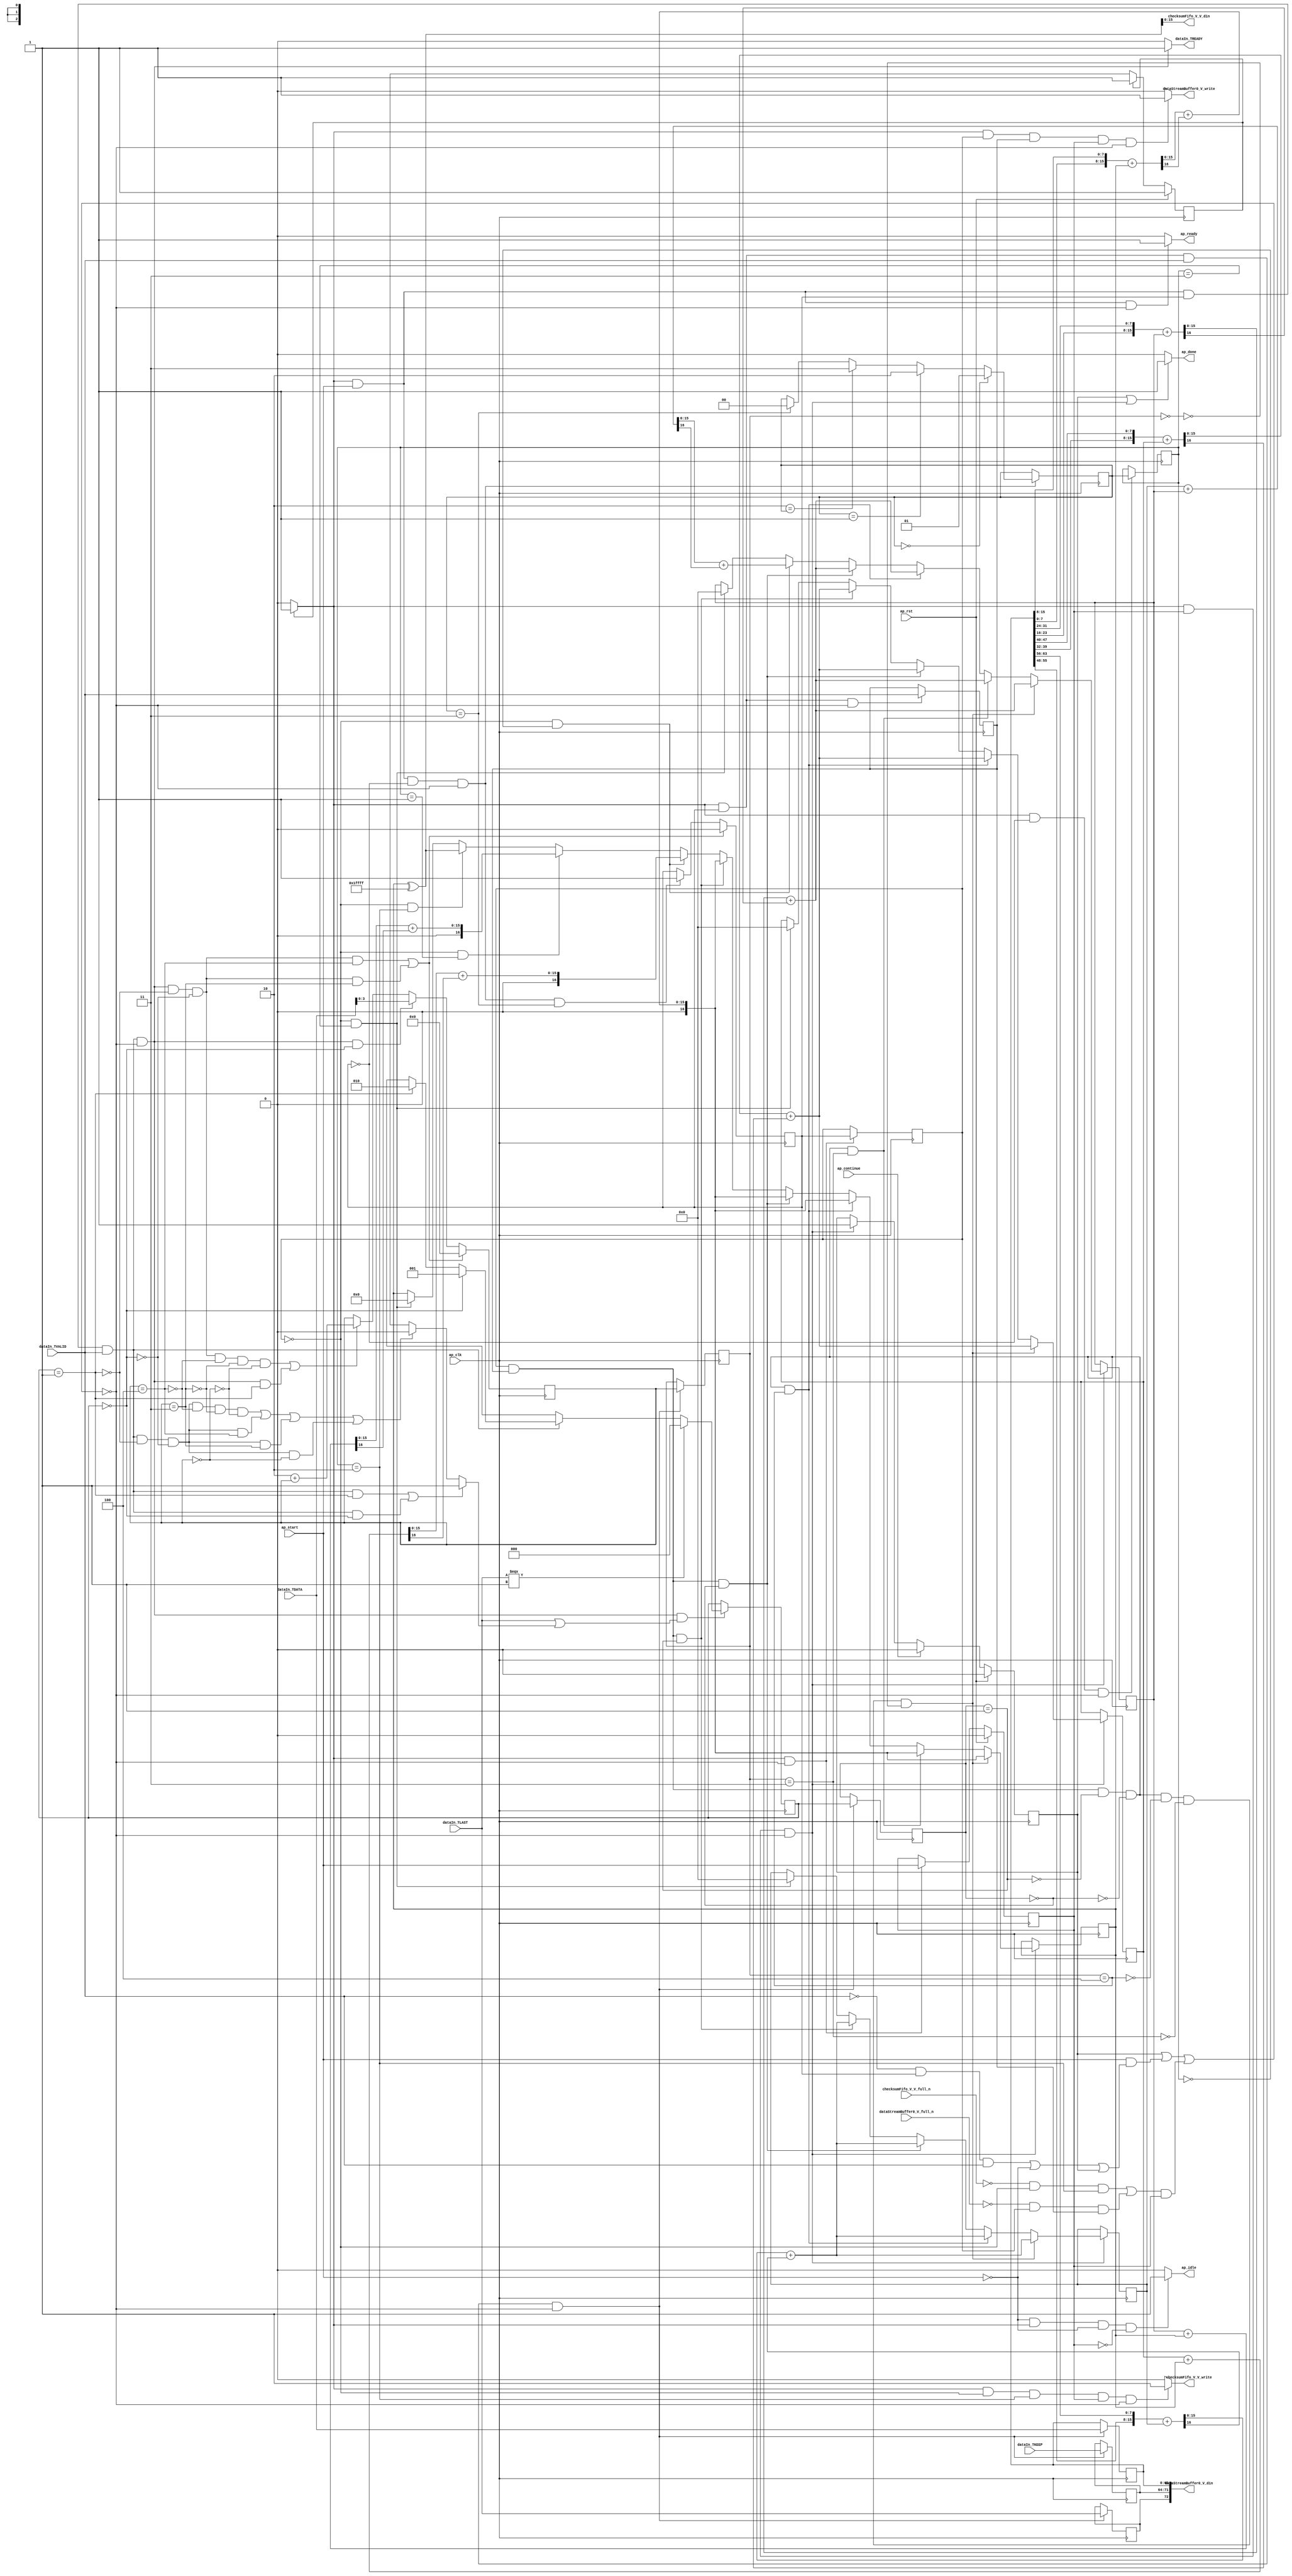
// This program was cloned from: https://github.com/mustafabbas/ECE1373_2016_hft_on_fpga
// License: MIT License

// ==============================================================
// RTL generated by Vivado(TM) HLS - High-Level Synthesis from C, C++ and SystemC
// Version: 2015.1
// Copyright (C) 2015 Xilinx Inc. All rights reserved.
// 
// ===========================================================

`timescale 1 ns / 1 ps 

module mac_ip_encode_compute_ip_checksum (
        ap_clk,
        ap_rst,
        ap_start,
        ap_done,
        ap_continue,
        ap_idle,
        ap_ready,
        dataIn_TVALID,
        checksumFifo_V_V_din,
        checksumFifo_V_V_full_n,
        checksumFifo_V_V_write,
        dataStreamBuffer0_V_din,
        dataStreamBuffer0_V_full_n,
        dataStreamBuffer0_V_write,
        dataIn_TDATA,
        dataIn_TREADY,
        dataIn_TKEEP,
        dataIn_TLAST
);

parameter    ap_const_logic_1 = 1'b1;
parameter    ap_const_logic_0 = 1'b0;
parameter    ap_ST_pp0_stg0_fsm_0 = 1'b1;
parameter    ap_const_lv32_0 = 32'b00000000000000000000000000000000;
parameter    ap_const_lv1_1 = 1'b1;
parameter    ap_const_lv1_0 = 1'b0;
parameter    ap_const_lv2_2 = 2'b10;
parameter    ap_const_lv16_0 = 16'b0000000000000000;
parameter    ap_const_lv17_0 = 17'b00000000000000000;
parameter    ap_const_lv2_0 = 2'b00;
parameter    ap_const_lv3_0 = 3'b000;
parameter    ap_const_lv4_0 = 4'b0000;
parameter    ap_const_lv3_1 = 3'b1;
parameter    ap_const_lv4_4 = 4'b100;
parameter    ap_const_lv4_3 = 4'b11;
parameter    ap_const_lv3_2 = 3'b10;
parameter    ap_const_lv2_3 = 2'b11;
parameter    ap_const_lv2_1 = 2'b1;
parameter    ap_const_lv4_E = 4'b1110;
parameter    ap_const_lv32_8 = 32'b1000;
parameter    ap_const_lv32_F = 32'b1111;
parameter    ap_const_lv32_28 = 32'b101000;
parameter    ap_const_lv32_2F = 32'b101111;
parameter    ap_const_lv32_20 = 32'b100000;
parameter    ap_const_lv32_27 = 32'b100111;
parameter    ap_const_lv32_38 = 32'b111000;
parameter    ap_const_lv32_3F = 32'b111111;
parameter    ap_const_lv32_30 = 32'b110000;
parameter    ap_const_lv32_37 = 32'b110111;
parameter    ap_const_lv32_18 = 32'b11000;
parameter    ap_const_lv32_1F = 32'b11111;
parameter    ap_const_lv32_10 = 32'b10000;
parameter    ap_const_lv32_17 = 32'b10111;
parameter    ap_const_lv17_1FFFF = 17'b11111111111111111;
parameter    ap_true = 1'b1;

input   ap_clk;
input   ap_rst;
input   ap_start;
output   ap_done;
input   ap_continue;
output   ap_idle;
output   ap_ready;
input   dataIn_TVALID;
output  [15:0] checksumFifo_V_V_din;
input   checksumFifo_V_V_full_n;
output   checksumFifo_V_V_write;
output  [72:0] dataStreamBuffer0_V_din;
input   dataStreamBuffer0_V_full_n;
output   dataStreamBuffer0_V_write;
input  [63:0] dataIn_TDATA;
output   dataIn_TREADY;
input  [7:0] dataIn_TKEEP;
input  [0:0] dataIn_TLAST;

reg ap_done;
reg ap_idle;
reg ap_ready;
reg checksumFifo_V_V_write;
reg dataStreamBuffer0_V_write;
reg dataIn_TREADY;
reg    ap_done_reg = 1'b0;
(* fsm_encoding = "none" *) reg   [0:0] ap_CS_fsm = 1'b1;
reg    ap_sig_cseq_ST_pp0_stg0_fsm_0;
reg    ap_sig_bdd_20;
wire    ap_reg_ppiten_pp0_it0;
reg    ap_reg_ppiten_pp0_it1 = 1'b0;
wire   [0:0] tmp_nbreadreq_fu_132_p5;
reg    ap_sig_bdd_50;
reg   [0:0] cics_checksumWritten_load_reg_1394;
reg   [1:0] cics_state_V_load_reg_1398;
reg   [0:0] tmp_reg_1402;
reg    ap_sig_bdd_76;
reg   [0:0] cics_checksumWritten = 1'b1;
reg   [15:0] cics_ip_sums_V_2 = 16'b0000000000000000;
reg   [16:0] cics_ip_sums_V_0 = 17'b00000000000000000;
reg   [15:0] cics_ip_sums_V_3 = 16'b0000000000000000;
reg   [15:0] cics_ip_sums_V_1 = 16'b0000000000000000;
reg   [1:0] cics_state_V = 2'b00;
reg   [2:0] cics_wordCount_V = 3'b000;
reg   [3:0] cics_ipHeaderLen_V = 4'b0000;
wire   [1:0] cics_state_V_load_load_fu_305_p1;
reg   [63:0] tmp_data_V_reg_1406;
reg   [7:0] tmp_keep_V_reg_1423;
reg   [0:0] tmp_last_V_reg_1428;
wire   [2:0] cics_wordCount_V_load_load_fu_351_p1;
reg   [2:0] cics_wordCount_V_load_reg_1433;
wire   [3:0] cics_ipHeaderLen_V_load_load_fu_355_p1;
reg   [3:0] cics_ipHeaderLen_V_load_reg_1437;
wire   [0:0] p_cics_wordCount_V_flag_fu_370_p2;
wire   [0:0] ap_reg_phiprechg_cics_wordCount_V_flag_reg_168pp0_it0;
reg   [0:0] cics_wordCount_V_flag_phi_fu_171_p12;
wire   [2:0] ap_reg_phiprechg_cics_wordCount_V_new_reg_191pp0_it0;
reg   [2:0] cics_wordCount_V_new_phi_fu_194_p12;
wire   [15:0] tmp_55_fu_656_p2;
wire   [15:0] tmp_42_fu_847_p2;
wire   [15:0] tmp_98_fu_1038_p2;
wire   [15:0] tmp_72_fu_1328_p2;
wire   [16:0] p_Val2_s_fu_442_p2;
wire   [16:0] p_2_cast_fu_487_p1;
wire   [16:0] p_cast_fu_531_p1;
wire   [16:0] p_8_cast_fu_612_p1;
wire   [16:0] p_4_cast_fu_757_p1;
wire   [16:0] p_7_cast_fu_948_p1;
wire   [16:0] p_6_cast_fu_1139_p1;
wire   [16:0] p_5_cast_fu_1238_p1;
wire   [15:0] tmp_59_fu_702_p2;
wire   [15:0] tmp_46_fu_893_p2;
wire   [15:0] tmp_102_fu_1084_p2;
wire   [15:0] tmp_76_fu_1374_p2;
wire   [15:0] tmp_23_fu_557_p2;
wire   [15:0] tmp_38_fu_801_p2;
wire   [15:0] tmp_94_fu_992_p2;
wire   [15:0] tmp_85_fu_1183_p2;
wire   [15:0] tmp_68_fu_1282_p2;
wire   [2:0] p_cics_wordCount_V_new_fu_376_p3;
wire   [3:0] grp_fu_215_p2;
wire   [3:0] tmp_29_fu_360_p1;
wire   [16:0] extLd_fu_414_p1;
wire   [16:0] tmp_9_fu_459_p2;
wire   [0:0] tmp_24_fu_465_p3;
wire   [15:0] tmp_26_fu_477_p1;
wire   [15:0] tmp_25_fu_473_p1;
wire   [15:0] tmp_27_fu_481_p2;
wire   [16:0] extLd1_fu_394_p1;
wire   [16:0] extLd2_fu_406_p1;
wire   [16:0] tmp_2_fu_497_p2;
wire   [0:0] tmp_5_fu_509_p3;
wire   [15:0] tmp_7_fu_521_p1;
wire   [15:0] tmp_6_fu_517_p1;
wire   [15:0] tmp_11_fu_525_p2;
wire   [16:0] tmp_3_fu_503_p2;
wire   [0:0] tmp_15_fu_541_p3;
wire   [15:0] tmp_22_fu_553_p1;
wire   [15:0] tmp_19_fu_549_p1;
wire   [7:0] tmp_47_fu_569_p1;
wire   [7:0] grp_fu_238_p4;
wire   [15:0] p_Result_9_fu_572_p3;
wire   [16:0] tmp_8_fu_580_p1;
wire   [16:0] tmp_s_fu_584_p2;
wire   [0:0] tmp_48_fu_590_p3;
wire   [15:0] tmp_50_fu_602_p1;
wire   [15:0] tmp_49_fu_598_p1;
wire   [15:0] tmp_51_fu_606_p2;
wire   [7:0] grp_fu_256_p4;
wire   [7:0] grp_fu_247_p4;
wire   [15:0] p_Result_9_2_fu_622_p3;
wire   [16:0] tmp_41_2_fu_630_p1;
wire   [16:0] tmp_42_2_fu_634_p2;
wire   [0:0] tmp_52_fu_640_p3;
wire   [15:0] tmp_54_fu_652_p1;
wire   [15:0] tmp_53_fu_648_p1;
wire   [7:0] grp_fu_274_p4;
wire   [7:0] grp_fu_265_p4;
wire   [15:0] p_Result_9_3_fu_668_p3;
wire   [16:0] tmp_41_3_fu_676_p1;
wire   [16:0] tmp_42_3_fu_680_p2;
wire   [0:0] tmp_56_fu_686_p3;
wire   [15:0] tmp_58_fu_698_p1;
wire   [15:0] tmp_57_fu_694_p1;
wire   [7:0] tmp_30_fu_714_p1;
wire   [15:0] p_Result_5_fu_717_p3;
wire   [16:0] tmp_1_fu_725_p1;
wire   [16:0] tmp_4_fu_729_p2;
wire   [0:0] tmp_31_fu_735_p3;
wire   [15:0] tmp_33_fu_747_p1;
wire   [15:0] tmp_32_fu_743_p1;
wire   [15:0] tmp_34_fu_751_p2;
wire   [7:0] grp_fu_292_p4;
wire   [7:0] grp_fu_283_p4;
wire   [15:0] p_Result_5_1_fu_767_p3;
wire   [16:0] tmp_20_1_fu_775_p1;
wire   [16:0] tmp_21_1_fu_779_p2;
wire   [0:0] tmp_35_fu_785_p3;
wire   [15:0] tmp_37_fu_797_p1;
wire   [15:0] tmp_36_fu_793_p1;
wire   [15:0] p_Result_5_2_fu_813_p3;
wire   [16:0] tmp_20_2_fu_821_p1;
wire   [16:0] tmp_21_2_fu_825_p2;
wire   [0:0] tmp_39_fu_831_p3;
wire   [15:0] tmp_41_fu_843_p1;
wire   [15:0] tmp_40_fu_839_p1;
wire   [15:0] p_Result_5_3_fu_859_p3;
wire   [16:0] tmp_20_3_fu_867_p1;
wire   [16:0] tmp_21_3_fu_871_p2;
wire   [0:0] tmp_43_fu_877_p3;
wire   [15:0] tmp_45_fu_889_p1;
wire   [15:0] tmp_44_fu_885_p1;
wire   [7:0] tmp_86_fu_905_p1;
wire   [15:0] p_Result_8_fu_908_p3;
wire   [16:0] tmp_18_fu_916_p1;
wire   [16:0] tmp_20_fu_920_p2;
wire   [0:0] tmp_87_fu_926_p3;
wire   [15:0] tmp_89_fu_938_p1;
wire   [15:0] tmp_88_fu_934_p1;
wire   [15:0] tmp_90_fu_942_p2;
wire   [15:0] p_Result_17_1_fu_958_p3;
wire   [16:0] tmp_36_1_fu_966_p1;
wire   [16:0] tmp_37_1_fu_970_p2;
wire   [0:0] tmp_91_fu_976_p3;
wire   [15:0] tmp_93_fu_988_p1;
wire   [15:0] tmp_92_fu_984_p1;
wire   [15:0] p_Result_17_2_fu_1004_p3;
wire   [16:0] tmp_36_2_fu_1012_p1;
wire   [16:0] tmp_37_2_fu_1016_p2;
wire   [0:0] tmp_95_fu_1022_p3;
wire   [15:0] tmp_97_fu_1034_p1;
wire   [15:0] tmp_96_fu_1030_p1;
wire   [15:0] p_Result_17_3_fu_1050_p3;
wire   [16:0] tmp_36_3_fu_1058_p1;
wire   [16:0] tmp_37_3_fu_1062_p2;
wire   [0:0] tmp_99_fu_1068_p3;
wire   [15:0] tmp_101_fu_1080_p1;
wire   [15:0] tmp_100_fu_1076_p1;
wire   [7:0] tmp_77_fu_1096_p1;
wire   [15:0] p_Result_3_fu_1099_p3;
wire   [16:0] tmp_16_fu_1107_p1;
wire   [16:0] tmp_17_fu_1111_p2;
wire   [0:0] tmp_78_fu_1117_p3;
wire   [15:0] tmp_80_fu_1129_p1;
wire   [15:0] tmp_79_fu_1125_p1;
wire   [15:0] tmp_81_fu_1133_p2;
wire   [15:0] p_Result_13_1_fu_1149_p3;
wire   [16:0] tmp_32_1_fu_1157_p1;
wire   [16:0] tmp_33_1_fu_1161_p2;
wire   [0:0] tmp_82_fu_1167_p3;
wire   [15:0] tmp_84_fu_1179_p1;
wire   [15:0] tmp_83_fu_1175_p1;
wire   [7:0] tmp_60_fu_1195_p1;
wire   [15:0] p_Result_7_fu_1198_p3;
wire   [16:0] tmp_12_fu_1206_p1;
wire   [16:0] tmp_13_fu_1210_p2;
wire   [0:0] tmp_61_fu_1216_p3;
wire   [15:0] tmp_63_fu_1228_p1;
wire   [15:0] tmp_62_fu_1224_p1;
wire   [15:0] tmp_64_fu_1232_p2;
wire   [15:0] p_Result_21_1_fu_1248_p3;
wire   [16:0] tmp_28_1_fu_1256_p1;
wire   [16:0] tmp_29_1_fu_1260_p2;
wire   [0:0] tmp_65_fu_1266_p3;
wire   [15:0] tmp_67_fu_1278_p1;
wire   [15:0] tmp_66_fu_1274_p1;
wire   [15:0] p_Result_21_2_fu_1294_p3;
wire   [16:0] tmp_28_2_fu_1302_p1;
wire   [16:0] tmp_29_2_fu_1306_p2;
wire   [0:0] tmp_69_fu_1312_p3;
wire   [15:0] tmp_71_fu_1324_p1;
wire   [15:0] tmp_70_fu_1320_p1;
wire   [15:0] p_Result_21_3_fu_1340_p3;
wire   [16:0] tmp_28_3_fu_1348_p1;
wire   [16:0] tmp_29_3_fu_1352_p2;
wire   [0:0] tmp_73_fu_1358_p3;
wire   [15:0] tmp_75_fu_1370_p1;
wire   [15:0] tmp_74_fu_1366_p1;
reg   [0:0] ap_NS_fsm;
reg    ap_sig_pprstidle_pp0;
reg    ap_sig_bdd_188;
reg    ap_sig_bdd_63;
reg    ap_sig_bdd_222;
reg    ap_sig_bdd_226;
reg    ap_sig_bdd_192;
reg    ap_sig_bdd_196;
reg    ap_sig_bdd_204;
reg    ap_sig_bdd_232;
reg    ap_sig_bdd_214;
reg    ap_sig_bdd_175;
reg    ap_sig_bdd_912;
reg    ap_sig_bdd_267;




/// the current state (ap_CS_fsm) of the state machine. ///
always @ (posedge ap_clk)
begin : ap_ret_ap_CS_fsm
    if (ap_rst == 1'b1) begin
        ap_CS_fsm <= ap_ST_pp0_stg0_fsm_0;
    end else begin
        ap_CS_fsm <= ap_NS_fsm;
    end
end

/// ap_done_reg assign process. ///
always @ (posedge ap_clk)
begin : ap_ret_ap_done_reg
    if (ap_rst == 1'b1) begin
        ap_done_reg <= ap_const_logic_0;
    end else begin
        if ((ap_const_logic_1 == ap_continue)) begin
            ap_done_reg <= ap_const_logic_0;
        end else if (((ap_const_logic_1 == ap_sig_cseq_ST_pp0_stg0_fsm_0) & (ap_const_logic_1 == ap_reg_ppiten_pp0_it1) & ~((ap_done_reg == ap_const_logic_1) | ((ap_const_logic_1 == ap_reg_ppiten_pp0_it0) & ap_sig_bdd_50) | (ap_sig_bdd_76 & (ap_const_logic_1 == ap_reg_ppiten_pp0_it1))))) begin
            ap_done_reg <= ap_const_logic_1;
        end
    end
end

/// ap_reg_ppiten_pp0_it1 assign process. ///
always @ (posedge ap_clk)
begin : ap_ret_ap_reg_ppiten_pp0_it1
    if (ap_rst == 1'b1) begin
        ap_reg_ppiten_pp0_it1 <= ap_const_logic_0;
    end else begin
        if (((ap_const_logic_1 == ap_sig_cseq_ST_pp0_stg0_fsm_0) & ~((ap_done_reg == ap_const_logic_1) | ((ap_const_logic_1 == ap_reg_ppiten_pp0_it0) & ap_sig_bdd_50) | (ap_sig_bdd_76 & (ap_const_logic_1 == ap_reg_ppiten_pp0_it1))))) begin
            ap_reg_ppiten_pp0_it1 <= ap_reg_ppiten_pp0_it0;
        end
    end
end

/// assign process. ///
always @(posedge ap_clk)
begin
    if ((((ap_const_logic_1 == ap_sig_cseq_ST_pp0_stg0_fsm_0) & (ap_const_logic_1 == ap_reg_ppiten_pp0_it0) & ~(cics_checksumWritten == ap_const_lv1_0) & ~(ap_const_lv1_0 == tmp_nbreadreq_fu_132_p5) & ~((ap_done_reg == ap_const_logic_1) | ((ap_const_logic_1 == ap_reg_ppiten_pp0_it0) & ap_sig_bdd_50) | (ap_sig_bdd_76 & (ap_const_logic_1 == ap_reg_ppiten_pp0_it1))) & ~(cics_wordCount_V_load_load_fu_351_p1 == ap_const_lv3_1) & ~(ap_const_lv3_0 == cics_wordCount_V_load_load_fu_351_p1) & (cics_ipHeaderLen_V_load_load_fu_355_p1 == ap_const_lv4_4)) | ((ap_const_logic_1 == ap_sig_cseq_ST_pp0_stg0_fsm_0) & (ap_const_logic_1 == ap_reg_ppiten_pp0_it0) & ~(cics_checksumWritten == ap_const_lv1_0) & ~(ap_const_lv1_0 == tmp_nbreadreq_fu_132_p5) & ~((ap_done_reg == ap_const_logic_1) | ((ap_const_logic_1 == ap_reg_ppiten_pp0_it0) & ap_sig_bdd_50) | (ap_sig_bdd_76 & (ap_const_logic_1 == ap_reg_ppiten_pp0_it1))) & ~(cics_wordCount_V_load_load_fu_351_p1 == ap_const_lv3_1) & ~(ap_const_lv3_0 == cics_wordCount_V_load_load_fu_351_p1) & (cics_ipHeaderLen_V_load_load_fu_355_p1 == ap_const_lv4_3)))) begin
        cics_checksumWritten <= ap_const_lv1_0;
    end else if (((ap_const_logic_1 == ap_sig_cseq_ST_pp0_stg0_fsm_0) & (ap_const_logic_1 == ap_reg_ppiten_pp0_it0) & (cics_checksumWritten == ap_const_lv1_0) & ~((ap_done_reg == ap_const_logic_1) | ((ap_const_logic_1 == ap_reg_ppiten_pp0_it0) & ap_sig_bdd_50) | (ap_sig_bdd_76 & (ap_const_logic_1 == ap_reg_ppiten_pp0_it1))) & (cics_state_V_load_load_fu_305_p1 == ap_const_lv2_3))) begin
        cics_checksumWritten <= ap_const_lv1_1;
    end
end

/// assign process. ///
always @(posedge ap_clk)
begin
    if ((((ap_const_logic_1 == ap_sig_cseq_ST_pp0_stg0_fsm_0) & (ap_const_logic_1 == ap_reg_ppiten_pp0_it0) & ~(cics_checksumWritten == ap_const_lv1_0) & ~(ap_const_lv1_0 == tmp_nbreadreq_fu_132_p5) & ~((ap_done_reg == ap_const_logic_1) | ((ap_const_logic_1 == ap_reg_ppiten_pp0_it0) & ap_sig_bdd_50) | (ap_sig_bdd_76 & (ap_const_logic_1 == ap_reg_ppiten_pp0_it1))) & ~(cics_wordCount_V_load_load_fu_351_p1 == ap_const_lv3_1) & ~(ap_const_lv3_0 == cics_wordCount_V_load_load_fu_351_p1) & (cics_ipHeaderLen_V_load_load_fu_355_p1 == ap_const_lv4_4)) | ((ap_const_logic_1 == ap_sig_cseq_ST_pp0_stg0_fsm_0) & (ap_const_logic_1 == ap_reg_ppiten_pp0_it0) & ~(cics_checksumWritten == ap_const_lv1_0) & ~(ap_const_lv1_0 == tmp_nbreadreq_fu_132_p5) & ~((ap_done_reg == ap_const_logic_1) | ((ap_const_logic_1 == ap_reg_ppiten_pp0_it0) & ap_sig_bdd_50) | (ap_sig_bdd_76 & (ap_const_logic_1 == ap_reg_ppiten_pp0_it1))) & ~(cics_wordCount_V_load_load_fu_351_p1 == ap_const_lv3_1) & ~(ap_const_lv3_0 == cics_wordCount_V_load_load_fu_351_p1) & (cics_ipHeaderLen_V_load_load_fu_355_p1 == ap_const_lv4_3)))) begin
        cics_ipHeaderLen_V <= ap_const_lv4_0;
    end else if (((ap_const_logic_1 == ap_sig_cseq_ST_pp0_stg0_fsm_0) & (ap_const_logic_1 == ap_reg_ppiten_pp0_it0) & ~(cics_checksumWritten == ap_const_lv1_0) & ~(ap_const_lv1_0 == tmp_nbreadreq_fu_132_p5) & ~((ap_done_reg == ap_const_logic_1) | ((ap_const_logic_1 == ap_reg_ppiten_pp0_it0) & ap_sig_bdd_50) | (ap_sig_bdd_76 & (ap_const_logic_1 == ap_reg_ppiten_pp0_it1))) & (ap_const_lv3_0 == cics_wordCount_V_load_load_fu_351_p1))) begin
        cics_ipHeaderLen_V <= tmp_29_fu_360_p1;
    end else if ((((ap_const_logic_1 == ap_sig_cseq_ST_pp0_stg0_fsm_0) & (ap_const_logic_1 == ap_reg_ppiten_pp0_it0) & ~(cics_checksumWritten == ap_const_lv1_0) & ~(ap_const_lv1_0 == tmp_nbreadreq_fu_132_p5) & ~((ap_done_reg == ap_const_logic_1) | ((ap_const_logic_1 == ap_reg_ppiten_pp0_it0) & ap_sig_bdd_50) | (ap_sig_bdd_76 & (ap_const_logic_1 == ap_reg_ppiten_pp0_it1))) & ~(cics_wordCount_V_load_load_fu_351_p1 == ap_const_lv3_1) & ~(ap_const_lv3_0 == cics_wordCount_V_load_load_fu_351_p1) & ~(cics_ipHeaderLen_V_load_load_fu_355_p1 == ap_const_lv4_4) & ~(cics_ipHeaderLen_V_load_load_fu_355_p1 == ap_const_lv4_3) & ~(ap_const_lv4_0 == cics_ipHeaderLen_V_load_load_fu_355_p1)) | ((ap_const_logic_1 == ap_sig_cseq_ST_pp0_stg0_fsm_0) & (ap_const_logic_1 == ap_reg_ppiten_pp0_it0) & ~(cics_checksumWritten == ap_const_lv1_0) & ~(ap_const_lv1_0 == tmp_nbreadreq_fu_132_p5) & ~((ap_done_reg == ap_const_logic_1) | ((ap_const_logic_1 == ap_reg_ppiten_pp0_it0) & ap_sig_bdd_50) | (ap_sig_bdd_76 & (ap_const_logic_1 == ap_reg_ppiten_pp0_it1))) & (cics_wordCount_V_load_load_fu_351_p1 == ap_const_lv3_1)))) begin
        cics_ipHeaderLen_V <= grp_fu_215_p2;
    end
end

/// assign process. ///
always @(posedge ap_clk)
begin
    if (ap_sig_bdd_175) begin
        if (ap_sig_bdd_214) begin
            cics_ip_sums_V_0 <= p_5_cast_fu_1238_p1;
        end else if (ap_sig_bdd_232) begin
            cics_ip_sums_V_0 <= p_6_cast_fu_1139_p1;
        end else if (ap_sig_bdd_204) begin
            cics_ip_sums_V_0 <= p_7_cast_fu_948_p1;
        end else if (ap_sig_bdd_196) begin
            cics_ip_sums_V_0 <= p_4_cast_fu_757_p1;
        end else if (ap_sig_bdd_192) begin
            cics_ip_sums_V_0 <= p_8_cast_fu_612_p1;
        end else if (ap_sig_bdd_226) begin
            cics_ip_sums_V_0 <= p_cast_fu_531_p1;
        end else if (ap_sig_bdd_222) begin
            cics_ip_sums_V_0 <= p_2_cast_fu_487_p1;
        end else if (ap_sig_bdd_63) begin
            cics_ip_sums_V_0 <= p_Val2_s_fu_442_p2;
        end else if (ap_sig_bdd_188) begin
            cics_ip_sums_V_0 <= ap_const_lv17_0;
        end
    end
end

/// assign process. ///
always @(posedge ap_clk)
begin
    if (ap_sig_bdd_175) begin
        if (ap_sig_bdd_214) begin
            cics_ip_sums_V_1 <= tmp_68_fu_1282_p2;
        end else if (ap_sig_bdd_232) begin
            cics_ip_sums_V_1 <= tmp_85_fu_1183_p2;
        end else if (ap_sig_bdd_204) begin
            cics_ip_sums_V_1 <= tmp_94_fu_992_p2;
        end else if (ap_sig_bdd_196) begin
            cics_ip_sums_V_1 <= tmp_38_fu_801_p2;
        end else if (ap_sig_bdd_226) begin
            cics_ip_sums_V_1 <= tmp_23_fu_557_p2;
        end else if (ap_sig_bdd_188) begin
            cics_ip_sums_V_1 <= ap_const_lv16_0;
        end
    end
end

/// assign process. ///
always @(posedge ap_clk)
begin
    if (ap_sig_bdd_175) begin
        if (ap_sig_bdd_214) begin
            cics_ip_sums_V_2 <= tmp_72_fu_1328_p2;
        end else if (ap_sig_bdd_204) begin
            cics_ip_sums_V_2 <= tmp_98_fu_1038_p2;
        end else if (ap_sig_bdd_196) begin
            cics_ip_sums_V_2 <= tmp_42_fu_847_p2;
        end else if (ap_sig_bdd_192) begin
            cics_ip_sums_V_2 <= tmp_55_fu_656_p2;
        end else if (ap_sig_bdd_188) begin
            cics_ip_sums_V_2 <= ap_const_lv16_0;
        end
    end
end

/// assign process. ///
always @(posedge ap_clk)
begin
    if (ap_sig_bdd_175) begin
        if (ap_sig_bdd_214) begin
            cics_ip_sums_V_3 <= tmp_76_fu_1374_p2;
        end else if (ap_sig_bdd_204) begin
            cics_ip_sums_V_3 <= tmp_102_fu_1084_p2;
        end else if (ap_sig_bdd_196) begin
            cics_ip_sums_V_3 <= tmp_46_fu_893_p2;
        end else if (ap_sig_bdd_192) begin
            cics_ip_sums_V_3 <= tmp_59_fu_702_p2;
        end else if (ap_sig_bdd_188) begin
            cics_ip_sums_V_3 <= ap_const_lv16_0;
        end
    end
end

/// assign process. ///
always @(posedge ap_clk)
begin
    if (ap_sig_bdd_912) begin
        if ((ap_const_lv2_0 == cics_state_V_load_load_fu_305_p1)) begin
            cics_state_V <= ap_const_lv2_1;
        end else if ((cics_state_V_load_load_fu_305_p1 == ap_const_lv2_1)) begin
            cics_state_V <= ap_const_lv2_2;
        end else if ((ap_const_lv2_2 == cics_state_V_load_load_fu_305_p1)) begin
            cics_state_V <= ap_const_lv2_3;
        end else if ((cics_state_V_load_load_fu_305_p1 == ap_const_lv2_3)) begin
            cics_state_V <= ap_const_lv2_0;
        end
    end
end

/// assign process. ///
always @(posedge ap_clk)
begin
    if (((ap_const_logic_1 == ap_sig_cseq_ST_pp0_stg0_fsm_0) & ~((ap_done_reg == ap_const_logic_1) | ((ap_const_logic_1 == ap_reg_ppiten_pp0_it0) & ap_sig_bdd_50) | (ap_sig_bdd_76 & (ap_const_logic_1 == ap_reg_ppiten_pp0_it1))))) begin
        cics_checksumWritten_load_reg_1394 <= cics_checksumWritten;
    end
end

/// assign process. ///
always @(posedge ap_clk)
begin
    if (((ap_const_logic_1 == ap_sig_cseq_ST_pp0_stg0_fsm_0) & ~(cics_checksumWritten == ap_const_lv1_0) & ~(ap_const_lv1_0 == tmp_nbreadreq_fu_132_p5) & ~((ap_done_reg == ap_const_logic_1) | ((ap_const_logic_1 == ap_reg_ppiten_pp0_it0) & ap_sig_bdd_50) | (ap_sig_bdd_76 & (ap_const_logic_1 == ap_reg_ppiten_pp0_it1))))) begin
        cics_ipHeaderLen_V_load_reg_1437 <= cics_ipHeaderLen_V;
        cics_wordCount_V_load_reg_1433 <= cics_wordCount_V;
        tmp_data_V_reg_1406 <= dataIn_TDATA;
        tmp_keep_V_reg_1423 <= dataIn_TKEEP;
        tmp_last_V_reg_1428 <= dataIn_TLAST;
    end
end

/// assign process. ///
always @(posedge ap_clk)
begin
    if (((ap_const_logic_1 == ap_sig_cseq_ST_pp0_stg0_fsm_0) & (cics_checksumWritten == ap_const_lv1_0) & ~((ap_done_reg == ap_const_logic_1) | ((ap_const_logic_1 == ap_reg_ppiten_pp0_it0) & ap_sig_bdd_50) | (ap_sig_bdd_76 & (ap_const_logic_1 == ap_reg_ppiten_pp0_it1))))) begin
        cics_state_V_load_reg_1398 <= cics_state_V;
    end
end

/// assign process. ///
always @(posedge ap_clk)
begin
    if (((ap_const_logic_1 == ap_sig_cseq_ST_pp0_stg0_fsm_0) & (ap_const_logic_1 == ap_reg_ppiten_pp0_it0) & ~(cics_checksumWritten == ap_const_lv1_0) & ~(ap_const_lv1_0 == tmp_nbreadreq_fu_132_p5) & ~((ap_done_reg == ap_const_logic_1) | ((ap_const_logic_1 == ap_reg_ppiten_pp0_it0) & ap_sig_bdd_50) | (ap_sig_bdd_76 & (ap_const_logic_1 == ap_reg_ppiten_pp0_it1))) & ~(ap_const_lv1_0 == p_cics_wordCount_V_flag_fu_370_p2))) begin
        cics_wordCount_V <= p_cics_wordCount_V_new_fu_376_p3;
    end
end

/// assign process. ///
always @(posedge ap_clk)
begin
    if (((ap_const_logic_1 == ap_sig_cseq_ST_pp0_stg0_fsm_0) & ~(cics_checksumWritten == ap_const_lv1_0) & ~((ap_done_reg == ap_const_logic_1) | ((ap_const_logic_1 == ap_reg_ppiten_pp0_it0) & ap_sig_bdd_50) | (ap_sig_bdd_76 & (ap_const_logic_1 == ap_reg_ppiten_pp0_it1))))) begin
        tmp_reg_1402 <= tmp_nbreadreq_fu_132_p5;
    end
end

/// ap_done assign process. ///
always @ (ap_done_reg or ap_sig_cseq_ST_pp0_stg0_fsm_0 or ap_reg_ppiten_pp0_it0 or ap_reg_ppiten_pp0_it1 or ap_sig_bdd_50 or ap_sig_bdd_76)
begin
    if (((ap_const_logic_1 == ap_done_reg) | ((ap_const_logic_1 == ap_sig_cseq_ST_pp0_stg0_fsm_0) & (ap_const_logic_1 == ap_reg_ppiten_pp0_it1) & ~((ap_done_reg == ap_const_logic_1) | ((ap_const_logic_1 == ap_reg_ppiten_pp0_it0) & ap_sig_bdd_50) | (ap_sig_bdd_76 & (ap_const_logic_1 == ap_reg_ppiten_pp0_it1)))))) begin
        ap_done = ap_const_logic_1;
    end else begin
        ap_done = ap_const_logic_0;
    end
end

/// ap_idle assign process. ///
always @ (ap_start or ap_sig_cseq_ST_pp0_stg0_fsm_0 or ap_reg_ppiten_pp0_it0 or ap_reg_ppiten_pp0_it1)
begin
    if ((~(ap_const_logic_1 == ap_start) & (ap_const_logic_1 == ap_sig_cseq_ST_pp0_stg0_fsm_0) & (ap_const_logic_0 == ap_reg_ppiten_pp0_it0) & (ap_const_logic_0 == ap_reg_ppiten_pp0_it1))) begin
        ap_idle = ap_const_logic_1;
    end else begin
        ap_idle = ap_const_logic_0;
    end
end

/// ap_ready assign process. ///
always @ (ap_done_reg or ap_sig_cseq_ST_pp0_stg0_fsm_0 or ap_reg_ppiten_pp0_it0 or ap_reg_ppiten_pp0_it1 or ap_sig_bdd_50 or ap_sig_bdd_76)
begin
    if (((ap_const_logic_1 == ap_sig_cseq_ST_pp0_stg0_fsm_0) & (ap_const_logic_1 == ap_reg_ppiten_pp0_it0) & ~((ap_done_reg == ap_const_logic_1) | ((ap_const_logic_1 == ap_reg_ppiten_pp0_it0) & ap_sig_bdd_50) | (ap_sig_bdd_76 & (ap_const_logic_1 == ap_reg_ppiten_pp0_it1))))) begin
        ap_ready = ap_const_logic_1;
    end else begin
        ap_ready = ap_const_logic_0;
    end
end

/// ap_sig_cseq_ST_pp0_stg0_fsm_0 assign process. ///
always @ (ap_sig_bdd_20)
begin
    if (ap_sig_bdd_20) begin
        ap_sig_cseq_ST_pp0_stg0_fsm_0 = ap_const_logic_1;
    end else begin
        ap_sig_cseq_ST_pp0_stg0_fsm_0 = ap_const_logic_0;
    end
end

/// ap_sig_pprstidle_pp0 assign process. ///
always @ (ap_start or ap_reg_ppiten_pp0_it0)
begin
    if (((ap_const_logic_0 == ap_reg_ppiten_pp0_it0) & (ap_const_logic_0 == ap_start))) begin
        ap_sig_pprstidle_pp0 = ap_const_logic_1;
    end else begin
        ap_sig_pprstidle_pp0 = ap_const_logic_0;
    end
end

/// checksumFifo_V_V_write assign process. ///
always @ (ap_done_reg or ap_sig_cseq_ST_pp0_stg0_fsm_0 or ap_reg_ppiten_pp0_it0 or ap_reg_ppiten_pp0_it1 or ap_sig_bdd_50 or cics_checksumWritten_load_reg_1394 or cics_state_V_load_reg_1398 or ap_sig_bdd_76)
begin
    if (((ap_const_logic_1 == ap_sig_cseq_ST_pp0_stg0_fsm_0) & (ap_const_lv1_0 == cics_checksumWritten_load_reg_1394) & (cics_state_V_load_reg_1398 == ap_const_lv2_2) & (ap_const_logic_1 == ap_reg_ppiten_pp0_it1) & ~((ap_done_reg == ap_const_logic_1) | ((ap_const_logic_1 == ap_reg_ppiten_pp0_it0) & ap_sig_bdd_50) | (ap_sig_bdd_76 & (ap_const_logic_1 == ap_reg_ppiten_pp0_it1))))) begin
        checksumFifo_V_V_write = ap_const_logic_1;
    end else begin
        checksumFifo_V_V_write = ap_const_logic_0;
    end
end

/// cics_wordCount_V_flag_phi_fu_171_p12 assign process. ///
always @ (ap_sig_cseq_ST_pp0_stg0_fsm_0 or ap_reg_ppiten_pp0_it0 or tmp_nbreadreq_fu_132_p5 or cics_checksumWritten or cics_wordCount_V_load_load_fu_351_p1 or cics_ipHeaderLen_V_load_load_fu_355_p1 or ap_reg_phiprechg_cics_wordCount_V_flag_reg_168pp0_it0)
begin
    if ((((ap_const_logic_1 == ap_sig_cseq_ST_pp0_stg0_fsm_0) & (ap_const_logic_1 == ap_reg_ppiten_pp0_it0) & ~(cics_checksumWritten == ap_const_lv1_0) & ~(ap_const_lv1_0 == tmp_nbreadreq_fu_132_p5) & (cics_wordCount_V_load_load_fu_351_p1 == ap_const_lv3_1)) | ((ap_const_logic_1 == ap_sig_cseq_ST_pp0_stg0_fsm_0) & (ap_const_logic_1 == ap_reg_ppiten_pp0_it0) & ~(cics_checksumWritten == ap_const_lv1_0) & ~(ap_const_lv1_0 == tmp_nbreadreq_fu_132_p5) & (ap_const_lv3_0 == cics_wordCount_V_load_load_fu_351_p1)))) begin
        cics_wordCount_V_flag_phi_fu_171_p12 = ap_const_lv1_1;
    end else if ((((ap_const_logic_1 == ap_sig_cseq_ST_pp0_stg0_fsm_0) & (ap_const_logic_1 == ap_reg_ppiten_pp0_it0) & ~(cics_checksumWritten == ap_const_lv1_0) & ~(ap_const_lv1_0 == tmp_nbreadreq_fu_132_p5) & ~(cics_wordCount_V_load_load_fu_351_p1 == ap_const_lv3_1) & ~(ap_const_lv3_0 == cics_wordCount_V_load_load_fu_351_p1) & ~(cics_ipHeaderLen_V_load_load_fu_355_p1 == ap_const_lv4_4) & ~(cics_ipHeaderLen_V_load_load_fu_355_p1 == ap_const_lv4_3) & ~(ap_const_lv4_0 == cics_ipHeaderLen_V_load_load_fu_355_p1)) | ((ap_const_logic_1 == ap_sig_cseq_ST_pp0_stg0_fsm_0) & (ap_const_logic_1 == ap_reg_ppiten_pp0_it0) & ~(cics_checksumWritten == ap_const_lv1_0) & ~(ap_const_lv1_0 == tmp_nbreadreq_fu_132_p5) & ~(cics_wordCount_V_load_load_fu_351_p1 == ap_const_lv3_1) & ~(ap_const_lv3_0 == cics_wordCount_V_load_load_fu_351_p1) & (cics_ipHeaderLen_V_load_load_fu_355_p1 == ap_const_lv4_4)) | ((ap_const_logic_1 == ap_sig_cseq_ST_pp0_stg0_fsm_0) & (ap_const_logic_1 == ap_reg_ppiten_pp0_it0) & ~(cics_checksumWritten == ap_const_lv1_0) & ~(ap_const_lv1_0 == tmp_nbreadreq_fu_132_p5) & ~(cics_wordCount_V_load_load_fu_351_p1 == ap_const_lv3_1) & ~(ap_const_lv3_0 == cics_wordCount_V_load_load_fu_351_p1) & (cics_ipHeaderLen_V_load_load_fu_355_p1 == ap_const_lv4_3)) | ((ap_const_logic_1 == ap_sig_cseq_ST_pp0_stg0_fsm_0) & (ap_const_logic_1 == ap_reg_ppiten_pp0_it0) & ~(cics_checksumWritten == ap_const_lv1_0) & ~(ap_const_lv1_0 == tmp_nbreadreq_fu_132_p5) & ~(cics_wordCount_V_load_load_fu_351_p1 == ap_const_lv3_1) & ~(ap_const_lv3_0 == cics_wordCount_V_load_load_fu_351_p1) & (ap_const_lv4_0 == cics_ipHeaderLen_V_load_load_fu_355_p1)))) begin
        cics_wordCount_V_flag_phi_fu_171_p12 = ap_const_lv1_0;
    end else begin
        cics_wordCount_V_flag_phi_fu_171_p12 = ap_reg_phiprechg_cics_wordCount_V_flag_reg_168pp0_it0;
    end
end

/// cics_wordCount_V_new_phi_fu_194_p12 assign process. ///
always @ (cics_wordCount_V_load_load_fu_351_p1 or ap_reg_phiprechg_cics_wordCount_V_new_reg_191pp0_it0 or ap_sig_bdd_267)
begin
    if (ap_sig_bdd_267) begin
        if ((ap_const_lv3_0 == cics_wordCount_V_load_load_fu_351_p1)) begin
            cics_wordCount_V_new_phi_fu_194_p12 = ap_const_lv3_1;
        end else if ((cics_wordCount_V_load_load_fu_351_p1 == ap_const_lv3_1)) begin
            cics_wordCount_V_new_phi_fu_194_p12 = ap_const_lv3_2;
        end else begin
            cics_wordCount_V_new_phi_fu_194_p12 = ap_reg_phiprechg_cics_wordCount_V_new_reg_191pp0_it0;
        end
    end else begin
        cics_wordCount_V_new_phi_fu_194_p12 = ap_reg_phiprechg_cics_wordCount_V_new_reg_191pp0_it0;
    end
end

/// dataIn_TREADY assign process. ///
always @ (ap_done_reg or ap_sig_cseq_ST_pp0_stg0_fsm_0 or ap_reg_ppiten_pp0_it0 or ap_reg_ppiten_pp0_it1 or tmp_nbreadreq_fu_132_p5 or ap_sig_bdd_50 or ap_sig_bdd_76 or cics_checksumWritten)
begin
    if (((ap_const_logic_1 == ap_sig_cseq_ST_pp0_stg0_fsm_0) & (ap_const_logic_1 == ap_reg_ppiten_pp0_it0) & ~(cics_checksumWritten == ap_const_lv1_0) & ~(ap_const_lv1_0 == tmp_nbreadreq_fu_132_p5) & ~((ap_done_reg == ap_const_logic_1) | ((ap_const_logic_1 == ap_reg_ppiten_pp0_it0) & ap_sig_bdd_50) | (ap_sig_bdd_76 & (ap_const_logic_1 == ap_reg_ppiten_pp0_it1))))) begin
        dataIn_TREADY = ap_const_logic_1;
    end else begin
        dataIn_TREADY = ap_const_logic_0;
    end
end

/// dataStreamBuffer0_V_write assign process. ///
always @ (ap_done_reg or ap_sig_cseq_ST_pp0_stg0_fsm_0 or ap_reg_ppiten_pp0_it0 or ap_reg_ppiten_pp0_it1 or ap_sig_bdd_50 or cics_checksumWritten_load_reg_1394 or tmp_reg_1402 or ap_sig_bdd_76)
begin
    if (((ap_const_logic_1 == ap_sig_cseq_ST_pp0_stg0_fsm_0) & ~(ap_const_lv1_0 == cics_checksumWritten_load_reg_1394) & ~(ap_const_lv1_0 == tmp_reg_1402) & (ap_const_logic_1 == ap_reg_ppiten_pp0_it1) & ~((ap_done_reg == ap_const_logic_1) | ((ap_const_logic_1 == ap_reg_ppiten_pp0_it0) & ap_sig_bdd_50) | (ap_sig_bdd_76 & (ap_const_logic_1 == ap_reg_ppiten_pp0_it1))))) begin
        dataStreamBuffer0_V_write = ap_const_logic_1;
    end else begin
        dataStreamBuffer0_V_write = ap_const_logic_0;
    end
end
/// the next state (ap_NS_fsm) of the state machine. ///
always @ (ap_done_reg or ap_CS_fsm or ap_reg_ppiten_pp0_it0 or ap_reg_ppiten_pp0_it1 or ap_sig_bdd_50 or ap_sig_bdd_76 or ap_sig_pprstidle_pp0)
begin
    case (ap_CS_fsm)
        ap_ST_pp0_stg0_fsm_0 : 
        begin
            ap_NS_fsm = ap_ST_pp0_stg0_fsm_0;
        end
        default : 
        begin
            ap_NS_fsm = 'bx;
        end
    endcase
end

assign ap_reg_phiprechg_cics_wordCount_V_flag_reg_168pp0_it0 = 'bx;
assign ap_reg_phiprechg_cics_wordCount_V_new_reg_191pp0_it0 = 'bx;
assign ap_reg_ppiten_pp0_it0 = ap_start;

/// ap_sig_bdd_175 assign process. ///
always @ (ap_done_reg or ap_sig_cseq_ST_pp0_stg0_fsm_0 or ap_reg_ppiten_pp0_it0 or ap_reg_ppiten_pp0_it1 or ap_sig_bdd_50 or ap_sig_bdd_76)
begin
    ap_sig_bdd_175 = ((ap_const_logic_1 == ap_sig_cseq_ST_pp0_stg0_fsm_0) & (ap_const_logic_1 == ap_reg_ppiten_pp0_it1) & ~((ap_done_reg == ap_const_logic_1) | ((ap_const_logic_1 == ap_reg_ppiten_pp0_it0) & ap_sig_bdd_50) | (ap_sig_bdd_76 & (ap_const_logic_1 == ap_reg_ppiten_pp0_it1))));
end

/// ap_sig_bdd_188 assign process. ///
always @ (cics_checksumWritten_load_reg_1394 or cics_state_V_load_reg_1398)
begin
    ap_sig_bdd_188 = ((ap_const_lv1_0 == cics_checksumWritten_load_reg_1394) & (cics_state_V_load_reg_1398 == ap_const_lv2_3));
end

/// ap_sig_bdd_192 assign process. ///
always @ (cics_checksumWritten_load_reg_1394 or tmp_reg_1402 or cics_wordCount_V_load_reg_1433)
begin
    ap_sig_bdd_192 = (~(ap_const_lv1_0 == cics_checksumWritten_load_reg_1394) & ~(ap_const_lv1_0 == tmp_reg_1402) & (cics_wordCount_V_load_reg_1433 == ap_const_lv3_1));
end

/// ap_sig_bdd_196 assign process. ///
always @ (cics_checksumWritten_load_reg_1394 or tmp_reg_1402 or cics_wordCount_V_load_reg_1433)
begin
    ap_sig_bdd_196 = (~(ap_const_lv1_0 == cics_checksumWritten_load_reg_1394) & ~(ap_const_lv1_0 == tmp_reg_1402) & (ap_const_lv3_0 == cics_wordCount_V_load_reg_1433));
end

/// ap_sig_bdd_20 assign process. ///
always @ (ap_CS_fsm)
begin
    ap_sig_bdd_20 = (ap_CS_fsm[ap_const_lv32_0] == ap_const_lv1_1);
end

/// ap_sig_bdd_204 assign process. ///
always @ (cics_checksumWritten_load_reg_1394 or tmp_reg_1402 or cics_wordCount_V_load_reg_1433 or cics_ipHeaderLen_V_load_reg_1437)
begin
    ap_sig_bdd_204 = (~(ap_const_lv1_0 == cics_checksumWritten_load_reg_1394) & ~(ap_const_lv1_0 == tmp_reg_1402) & ~(cics_wordCount_V_load_reg_1433 == ap_const_lv3_1) & ~(ap_const_lv3_0 == cics_wordCount_V_load_reg_1433) & (cics_ipHeaderLen_V_load_reg_1437 == ap_const_lv4_4));
end

/// ap_sig_bdd_214 assign process. ///
always @ (cics_checksumWritten_load_reg_1394 or tmp_reg_1402 or cics_wordCount_V_load_reg_1433 or cics_ipHeaderLen_V_load_reg_1437)
begin
    ap_sig_bdd_214 = (~(ap_const_lv1_0 == cics_checksumWritten_load_reg_1394) & ~(ap_const_lv1_0 == tmp_reg_1402) & ~(cics_wordCount_V_load_reg_1433 == ap_const_lv3_1) & ~(ap_const_lv3_0 == cics_wordCount_V_load_reg_1433) & ~(cics_ipHeaderLen_V_load_reg_1437 == ap_const_lv4_4) & ~(cics_ipHeaderLen_V_load_reg_1437 == ap_const_lv4_3) & ~(ap_const_lv4_0 == cics_ipHeaderLen_V_load_reg_1437));
end

/// ap_sig_bdd_222 assign process. ///
always @ (cics_checksumWritten_load_reg_1394 or cics_state_V_load_reg_1398)
begin
    ap_sig_bdd_222 = ((ap_const_lv1_0 == cics_checksumWritten_load_reg_1394) & (cics_state_V_load_reg_1398 == ap_const_lv2_1));
end

/// ap_sig_bdd_226 assign process. ///
always @ (cics_checksumWritten_load_reg_1394 or cics_state_V_load_reg_1398)
begin
    ap_sig_bdd_226 = ((ap_const_lv1_0 == cics_checksumWritten_load_reg_1394) & (cics_state_V_load_reg_1398 == ap_const_lv2_0));
end

/// ap_sig_bdd_232 assign process. ///
always @ (cics_checksumWritten_load_reg_1394 or tmp_reg_1402 or cics_wordCount_V_load_reg_1433 or cics_ipHeaderLen_V_load_reg_1437)
begin
    ap_sig_bdd_232 = (~(ap_const_lv1_0 == cics_checksumWritten_load_reg_1394) & ~(ap_const_lv1_0 == tmp_reg_1402) & ~(cics_wordCount_V_load_reg_1433 == ap_const_lv3_1) & ~(ap_const_lv3_0 == cics_wordCount_V_load_reg_1433) & (cics_ipHeaderLen_V_load_reg_1437 == ap_const_lv4_3));
end

/// ap_sig_bdd_267 assign process. ///
always @ (ap_sig_cseq_ST_pp0_stg0_fsm_0 or ap_reg_ppiten_pp0_it0 or tmp_nbreadreq_fu_132_p5 or cics_checksumWritten)
begin
    ap_sig_bdd_267 = ((ap_const_logic_1 == ap_sig_cseq_ST_pp0_stg0_fsm_0) & (ap_const_logic_1 == ap_reg_ppiten_pp0_it0) & ~(cics_checksumWritten == ap_const_lv1_0) & ~(ap_const_lv1_0 == tmp_nbreadreq_fu_132_p5));
end

/// ap_sig_bdd_50 assign process. ///
always @ (ap_start or ap_done_reg or dataIn_TVALID or tmp_nbreadreq_fu_132_p5 or cics_checksumWritten)
begin
    ap_sig_bdd_50 = (((dataIn_TVALID == ap_const_logic_0) & ~(cics_checksumWritten == ap_const_lv1_0) & ~(ap_const_lv1_0 == tmp_nbreadreq_fu_132_p5)) | (ap_start == ap_const_logic_0) | (ap_done_reg == ap_const_logic_1));
end

/// ap_sig_bdd_63 assign process. ///
always @ (cics_checksumWritten_load_reg_1394 or cics_state_V_load_reg_1398)
begin
    ap_sig_bdd_63 = ((ap_const_lv1_0 == cics_checksumWritten_load_reg_1394) & (cics_state_V_load_reg_1398 == ap_const_lv2_2));
end

/// ap_sig_bdd_76 assign process. ///
always @ (checksumFifo_V_V_full_n or cics_checksumWritten_load_reg_1394 or cics_state_V_load_reg_1398 or dataStreamBuffer0_V_full_n or tmp_reg_1402)
begin
    ap_sig_bdd_76 = (((checksumFifo_V_V_full_n == ap_const_logic_0) & (ap_const_lv1_0 == cics_checksumWritten_load_reg_1394) & (cics_state_V_load_reg_1398 == ap_const_lv2_2)) | ((dataStreamBuffer0_V_full_n == ap_const_logic_0) & ~(ap_const_lv1_0 == cics_checksumWritten_load_reg_1394) & ~(ap_const_lv1_0 == tmp_reg_1402)));
end

/// ap_sig_bdd_912 assign process. ///
always @ (ap_done_reg or ap_sig_cseq_ST_pp0_stg0_fsm_0 or ap_reg_ppiten_pp0_it0 or ap_reg_ppiten_pp0_it1 or ap_sig_bdd_50 or ap_sig_bdd_76 or cics_checksumWritten)
begin
    ap_sig_bdd_912 = ((ap_const_logic_1 == ap_sig_cseq_ST_pp0_stg0_fsm_0) & (ap_const_logic_1 == ap_reg_ppiten_pp0_it0) & (cics_checksumWritten == ap_const_lv1_0) & ~((ap_done_reg == ap_const_logic_1) | ((ap_const_logic_1 == ap_reg_ppiten_pp0_it0) & ap_sig_bdd_50) | (ap_sig_bdd_76 & (ap_const_logic_1 == ap_reg_ppiten_pp0_it1))));
end
assign checksumFifo_V_V_din = p_Val2_s_fu_442_p2[15:0];
assign cics_ipHeaderLen_V_load_load_fu_355_p1 = cics_ipHeaderLen_V;
assign cics_state_V_load_load_fu_305_p1 = cics_state_V;
assign cics_wordCount_V_load_load_fu_351_p1 = cics_wordCount_V;
assign dataStreamBuffer0_V_din = {{{tmp_last_V_reg_1428}, {tmp_keep_V_reg_1423}}, {tmp_data_V_reg_1406}};
assign extLd1_fu_394_p1 = cics_ip_sums_V_2;
assign extLd2_fu_406_p1 = cics_ip_sums_V_3;
assign extLd_fu_414_p1 = cics_ip_sums_V_1;
assign grp_fu_215_p2 = ($signed(ap_const_lv4_E) + $signed(cics_ipHeaderLen_V));
assign grp_fu_238_p4 = {{tmp_data_V_reg_1406[ap_const_lv32_F : ap_const_lv32_8]}};
assign grp_fu_247_p4 = {{tmp_data_V_reg_1406[ap_const_lv32_2F : ap_const_lv32_28]}};
assign grp_fu_256_p4 = {{tmp_data_V_reg_1406[ap_const_lv32_27 : ap_const_lv32_20]}};
assign grp_fu_265_p4 = {{tmp_data_V_reg_1406[ap_const_lv32_3F : ap_const_lv32_38]}};
assign grp_fu_274_p4 = {{tmp_data_V_reg_1406[ap_const_lv32_37 : ap_const_lv32_30]}};
assign grp_fu_283_p4 = {{tmp_data_V_reg_1406[ap_const_lv32_1F : ap_const_lv32_18]}};
assign grp_fu_292_p4 = {{tmp_data_V_reg_1406[ap_const_lv32_17 : ap_const_lv32_10]}};
assign p_2_cast_fu_487_p1 = tmp_27_fu_481_p2;
assign p_4_cast_fu_757_p1 = tmp_34_fu_751_p2;
assign p_5_cast_fu_1238_p1 = tmp_64_fu_1232_p2;
assign p_6_cast_fu_1139_p1 = tmp_81_fu_1133_p2;
assign p_7_cast_fu_948_p1 = tmp_90_fu_942_p2;
assign p_8_cast_fu_612_p1 = tmp_51_fu_606_p2;
assign p_Result_13_1_fu_1149_p3 = {{grp_fu_292_p4}, {grp_fu_283_p4}};
assign p_Result_17_1_fu_958_p3 = {{grp_fu_292_p4}, {grp_fu_283_p4}};
assign p_Result_17_2_fu_1004_p3 = {{grp_fu_256_p4}, {grp_fu_247_p4}};
assign p_Result_17_3_fu_1050_p3 = {{grp_fu_274_p4}, {grp_fu_265_p4}};
assign p_Result_21_1_fu_1248_p3 = {{grp_fu_292_p4}, {grp_fu_283_p4}};
assign p_Result_21_2_fu_1294_p3 = {{grp_fu_256_p4}, {grp_fu_247_p4}};
assign p_Result_21_3_fu_1340_p3 = {{grp_fu_274_p4}, {grp_fu_265_p4}};
assign p_Result_3_fu_1099_p3 = {{tmp_77_fu_1096_p1}, {grp_fu_238_p4}};
assign p_Result_5_1_fu_767_p3 = {{grp_fu_292_p4}, {grp_fu_283_p4}};
assign p_Result_5_2_fu_813_p3 = {{grp_fu_256_p4}, {grp_fu_247_p4}};
assign p_Result_5_3_fu_859_p3 = {{grp_fu_274_p4}, {grp_fu_265_p4}};
assign p_Result_5_fu_717_p3 = {{tmp_30_fu_714_p1}, {grp_fu_238_p4}};
assign p_Result_7_fu_1198_p3 = {{tmp_60_fu_1195_p1}, {grp_fu_238_p4}};
assign p_Result_8_fu_908_p3 = {{tmp_86_fu_905_p1}, {grp_fu_238_p4}};
assign p_Result_9_2_fu_622_p3 = {{grp_fu_256_p4}, {grp_fu_247_p4}};
assign p_Result_9_3_fu_668_p3 = {{grp_fu_274_p4}, {grp_fu_265_p4}};
assign p_Result_9_fu_572_p3 = {{tmp_47_fu_569_p1}, {grp_fu_238_p4}};
assign p_Val2_s_fu_442_p2 = (cics_ip_sums_V_0 ^ ap_const_lv17_1FFFF);
assign p_cast_fu_531_p1 = tmp_11_fu_525_p2;
assign p_cics_wordCount_V_flag_fu_370_p2 = (dataIn_TLAST | cics_wordCount_V_flag_phi_fu_171_p12);
assign p_cics_wordCount_V_new_fu_376_p3 = ((dataIn_TLAST[0:0]===1'b1)? ap_const_lv3_0: cics_wordCount_V_new_phi_fu_194_p12);
assign tmp_100_fu_1076_p1 = tmp_99_fu_1068_p3;
assign tmp_101_fu_1080_p1 = tmp_37_3_fu_1062_p2[15:0];
assign tmp_102_fu_1084_p2 = (tmp_101_fu_1080_p1 + tmp_100_fu_1076_p1);
assign tmp_11_fu_525_p2 = (tmp_7_fu_521_p1 + tmp_6_fu_517_p1);
assign tmp_12_fu_1206_p1 = p_Result_7_fu_1198_p3;
assign tmp_13_fu_1210_p2 = (tmp_12_fu_1206_p1 + cics_ip_sums_V_0);
assign tmp_15_fu_541_p3 = tmp_3_fu_503_p2[ap_const_lv32_10];
assign tmp_16_fu_1107_p1 = p_Result_3_fu_1099_p3;
assign tmp_17_fu_1111_p2 = (tmp_16_fu_1107_p1 + cics_ip_sums_V_0);
assign tmp_18_fu_916_p1 = p_Result_8_fu_908_p3;
assign tmp_19_fu_549_p1 = tmp_15_fu_541_p3;
assign tmp_1_fu_725_p1 = p_Result_5_fu_717_p3;
assign tmp_20_1_fu_775_p1 = p_Result_5_1_fu_767_p3;
assign tmp_20_2_fu_821_p1 = p_Result_5_2_fu_813_p3;
assign tmp_20_3_fu_867_p1 = p_Result_5_3_fu_859_p3;
assign tmp_20_fu_920_p2 = (tmp_18_fu_916_p1 + cics_ip_sums_V_0);
assign tmp_21_1_fu_779_p2 = (tmp_20_1_fu_775_p1 + extLd_fu_414_p1);
assign tmp_21_2_fu_825_p2 = (tmp_20_2_fu_821_p1 + extLd1_fu_394_p1);
assign tmp_21_3_fu_871_p2 = (tmp_20_3_fu_867_p1 + extLd2_fu_406_p1);
assign tmp_22_fu_553_p1 = tmp_3_fu_503_p2[15:0];
assign tmp_23_fu_557_p2 = (tmp_22_fu_553_p1 + tmp_19_fu_549_p1);
assign tmp_24_fu_465_p3 = tmp_9_fu_459_p2[ap_const_lv32_10];
assign tmp_25_fu_473_p1 = tmp_24_fu_465_p3;
assign tmp_26_fu_477_p1 = tmp_9_fu_459_p2[15:0];
assign tmp_27_fu_481_p2 = (tmp_26_fu_477_p1 + tmp_25_fu_473_p1);
assign tmp_28_1_fu_1256_p1 = p_Result_21_1_fu_1248_p3;
assign tmp_28_2_fu_1302_p1 = p_Result_21_2_fu_1294_p3;
assign tmp_28_3_fu_1348_p1 = p_Result_21_3_fu_1340_p3;
assign tmp_29_1_fu_1260_p2 = (tmp_28_1_fu_1256_p1 + extLd_fu_414_p1);
assign tmp_29_2_fu_1306_p2 = (tmp_28_2_fu_1302_p1 + extLd1_fu_394_p1);
assign tmp_29_3_fu_1352_p2 = (tmp_28_3_fu_1348_p1 + extLd2_fu_406_p1);
assign tmp_29_fu_360_p1 = dataIn_TDATA[3:0];
assign tmp_2_fu_497_p2 = (extLd1_fu_394_p1 + cics_ip_sums_V_0);
assign tmp_30_fu_714_p1 = tmp_data_V_reg_1406[7:0];
assign tmp_31_fu_735_p3 = tmp_4_fu_729_p2[ap_const_lv32_10];
assign tmp_32_1_fu_1157_p1 = p_Result_13_1_fu_1149_p3;
assign tmp_32_fu_743_p1 = tmp_31_fu_735_p3;
assign tmp_33_1_fu_1161_p2 = (tmp_32_1_fu_1157_p1 + extLd_fu_414_p1);
assign tmp_33_fu_747_p1 = tmp_4_fu_729_p2[15:0];
assign tmp_34_fu_751_p2 = (tmp_33_fu_747_p1 + tmp_32_fu_743_p1);
assign tmp_35_fu_785_p3 = tmp_21_1_fu_779_p2[ap_const_lv32_10];
assign tmp_36_1_fu_966_p1 = p_Result_17_1_fu_958_p3;
assign tmp_36_2_fu_1012_p1 = p_Result_17_2_fu_1004_p3;
assign tmp_36_3_fu_1058_p1 = p_Result_17_3_fu_1050_p3;
assign tmp_36_fu_793_p1 = tmp_35_fu_785_p3;
assign tmp_37_1_fu_970_p2 = (tmp_36_1_fu_966_p1 + extLd_fu_414_p1);
assign tmp_37_2_fu_1016_p2 = (tmp_36_2_fu_1012_p1 + extLd1_fu_394_p1);
assign tmp_37_3_fu_1062_p2 = (tmp_36_3_fu_1058_p1 + extLd2_fu_406_p1);
assign tmp_37_fu_797_p1 = tmp_21_1_fu_779_p2[15:0];
assign tmp_38_fu_801_p2 = (tmp_37_fu_797_p1 + tmp_36_fu_793_p1);
assign tmp_39_fu_831_p3 = tmp_21_2_fu_825_p2[ap_const_lv32_10];
assign tmp_3_fu_503_p2 = (extLd2_fu_406_p1 + extLd_fu_414_p1);
assign tmp_40_fu_839_p1 = tmp_39_fu_831_p3;
assign tmp_41_2_fu_630_p1 = p_Result_9_2_fu_622_p3;
assign tmp_41_3_fu_676_p1 = p_Result_9_3_fu_668_p3;
assign tmp_41_fu_843_p1 = tmp_21_2_fu_825_p2[15:0];
assign tmp_42_2_fu_634_p2 = (tmp_41_2_fu_630_p1 + extLd1_fu_394_p1);
assign tmp_42_3_fu_680_p2 = (tmp_41_3_fu_676_p1 + extLd2_fu_406_p1);
assign tmp_42_fu_847_p2 = (tmp_41_fu_843_p1 + tmp_40_fu_839_p1);
assign tmp_43_fu_877_p3 = tmp_21_3_fu_871_p2[ap_const_lv32_10];
assign tmp_44_fu_885_p1 = tmp_43_fu_877_p3;
assign tmp_45_fu_889_p1 = tmp_21_3_fu_871_p2[15:0];
assign tmp_46_fu_893_p2 = (tmp_45_fu_889_p1 + tmp_44_fu_885_p1);
assign tmp_47_fu_569_p1 = tmp_data_V_reg_1406[7:0];
assign tmp_48_fu_590_p3 = tmp_s_fu_584_p2[ap_const_lv32_10];
assign tmp_49_fu_598_p1 = tmp_48_fu_590_p3;
assign tmp_4_fu_729_p2 = (tmp_1_fu_725_p1 + cics_ip_sums_V_0);
assign tmp_50_fu_602_p1 = tmp_s_fu_584_p2[15:0];
assign tmp_51_fu_606_p2 = (tmp_50_fu_602_p1 + tmp_49_fu_598_p1);
assign tmp_52_fu_640_p3 = tmp_42_2_fu_634_p2[ap_const_lv32_10];
assign tmp_53_fu_648_p1 = tmp_52_fu_640_p3;
assign tmp_54_fu_652_p1 = tmp_42_2_fu_634_p2[15:0];
assign tmp_55_fu_656_p2 = (tmp_54_fu_652_p1 + tmp_53_fu_648_p1);
assign tmp_56_fu_686_p3 = tmp_42_3_fu_680_p2[ap_const_lv32_10];
assign tmp_57_fu_694_p1 = tmp_56_fu_686_p3;
assign tmp_58_fu_698_p1 = tmp_42_3_fu_680_p2[15:0];
assign tmp_59_fu_702_p2 = (tmp_58_fu_698_p1 + tmp_57_fu_694_p1);
assign tmp_5_fu_509_p3 = tmp_2_fu_497_p2[ap_const_lv32_10];
assign tmp_60_fu_1195_p1 = tmp_data_V_reg_1406[7:0];
assign tmp_61_fu_1216_p3 = tmp_13_fu_1210_p2[ap_const_lv32_10];
assign tmp_62_fu_1224_p1 = tmp_61_fu_1216_p3;
assign tmp_63_fu_1228_p1 = tmp_13_fu_1210_p2[15:0];
assign tmp_64_fu_1232_p2 = (tmp_63_fu_1228_p1 + tmp_62_fu_1224_p1);
assign tmp_65_fu_1266_p3 = tmp_29_1_fu_1260_p2[ap_const_lv32_10];
assign tmp_66_fu_1274_p1 = tmp_65_fu_1266_p3;
assign tmp_67_fu_1278_p1 = tmp_29_1_fu_1260_p2[15:0];
assign tmp_68_fu_1282_p2 = (tmp_67_fu_1278_p1 + tmp_66_fu_1274_p1);
assign tmp_69_fu_1312_p3 = tmp_29_2_fu_1306_p2[ap_const_lv32_10];
assign tmp_6_fu_517_p1 = tmp_5_fu_509_p3;
assign tmp_70_fu_1320_p1 = tmp_69_fu_1312_p3;
assign tmp_71_fu_1324_p1 = tmp_29_2_fu_1306_p2[15:0];
assign tmp_72_fu_1328_p2 = (tmp_71_fu_1324_p1 + tmp_70_fu_1320_p1);
assign tmp_73_fu_1358_p3 = tmp_29_3_fu_1352_p2[ap_const_lv32_10];
assign tmp_74_fu_1366_p1 = tmp_73_fu_1358_p3;
assign tmp_75_fu_1370_p1 = tmp_29_3_fu_1352_p2[15:0];
assign tmp_76_fu_1374_p2 = (tmp_75_fu_1370_p1 + tmp_74_fu_1366_p1);
assign tmp_77_fu_1096_p1 = tmp_data_V_reg_1406[7:0];
assign tmp_78_fu_1117_p3 = tmp_17_fu_1111_p2[ap_const_lv32_10];
assign tmp_79_fu_1125_p1 = tmp_78_fu_1117_p3;
assign tmp_7_fu_521_p1 = tmp_2_fu_497_p2[15:0];
assign tmp_80_fu_1129_p1 = tmp_17_fu_1111_p2[15:0];
assign tmp_81_fu_1133_p2 = (tmp_80_fu_1129_p1 + tmp_79_fu_1125_p1);
assign tmp_82_fu_1167_p3 = tmp_33_1_fu_1161_p2[ap_const_lv32_10];
assign tmp_83_fu_1175_p1 = tmp_82_fu_1167_p3;
assign tmp_84_fu_1179_p1 = tmp_33_1_fu_1161_p2[15:0];
assign tmp_85_fu_1183_p2 = (tmp_84_fu_1179_p1 + tmp_83_fu_1175_p1);
assign tmp_86_fu_905_p1 = tmp_data_V_reg_1406[7:0];
assign tmp_87_fu_926_p3 = tmp_20_fu_920_p2[ap_const_lv32_10];
assign tmp_88_fu_934_p1 = tmp_87_fu_926_p3;
assign tmp_89_fu_938_p1 = tmp_20_fu_920_p2[15:0];
assign tmp_8_fu_580_p1 = p_Result_9_fu_572_p3;
assign tmp_90_fu_942_p2 = (tmp_89_fu_938_p1 + tmp_88_fu_934_p1);
assign tmp_91_fu_976_p3 = tmp_37_1_fu_970_p2[ap_const_lv32_10];
assign tmp_92_fu_984_p1 = tmp_91_fu_976_p3;
assign tmp_93_fu_988_p1 = tmp_37_1_fu_970_p2[15:0];
assign tmp_94_fu_992_p2 = (tmp_93_fu_988_p1 + tmp_92_fu_984_p1);
assign tmp_95_fu_1022_p3 = tmp_37_2_fu_1016_p2[ap_const_lv32_10];
assign tmp_96_fu_1030_p1 = tmp_95_fu_1022_p3;
assign tmp_97_fu_1034_p1 = tmp_37_2_fu_1016_p2[15:0];
assign tmp_98_fu_1038_p2 = (tmp_97_fu_1034_p1 + tmp_96_fu_1030_p1);
assign tmp_99_fu_1068_p3 = tmp_37_3_fu_1062_p2[ap_const_lv32_10];
assign tmp_9_fu_459_p2 = (extLd_fu_414_p1 + cics_ip_sums_V_0);
assign tmp_nbreadreq_fu_132_p5 = dataIn_TVALID;
assign tmp_s_fu_584_p2 = (tmp_8_fu_580_p1 + cics_ip_sums_V_0);


endmodule //mac_ip_encode_compute_ip_checksum